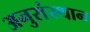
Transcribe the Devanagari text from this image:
अनुसंस्थान